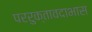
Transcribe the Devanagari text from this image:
पररुक्तावदाभास